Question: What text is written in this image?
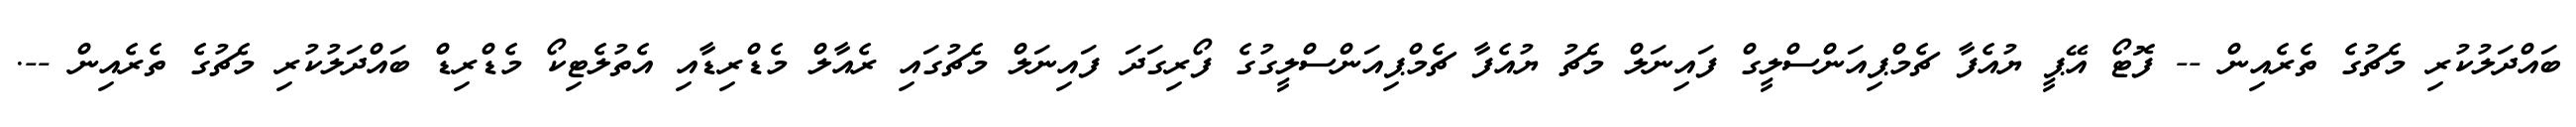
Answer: ބައްދަލުކުރި މެޗުގެ ތެރެއިން -- ފޮޓޯ އޭޕީ ޔުއެފާ ޗެމްޕިއަންސްލީގް ފައިނަލް މެޗު ޔުއެފާ ޗެމްޕިއަންސްލީގުގެ ފޯރިގަދަ ފައިނަލް މެޗުގައި ރެއާލް މެޑްރިޑާއި އެތުލެޓިކޯ މެޑްރިޑް ބައްދަލުކުރި މެޗުގެ ތެރެއިން --.